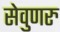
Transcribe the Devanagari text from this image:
सेवुणरु